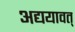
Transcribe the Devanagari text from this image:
अद्ययावत्